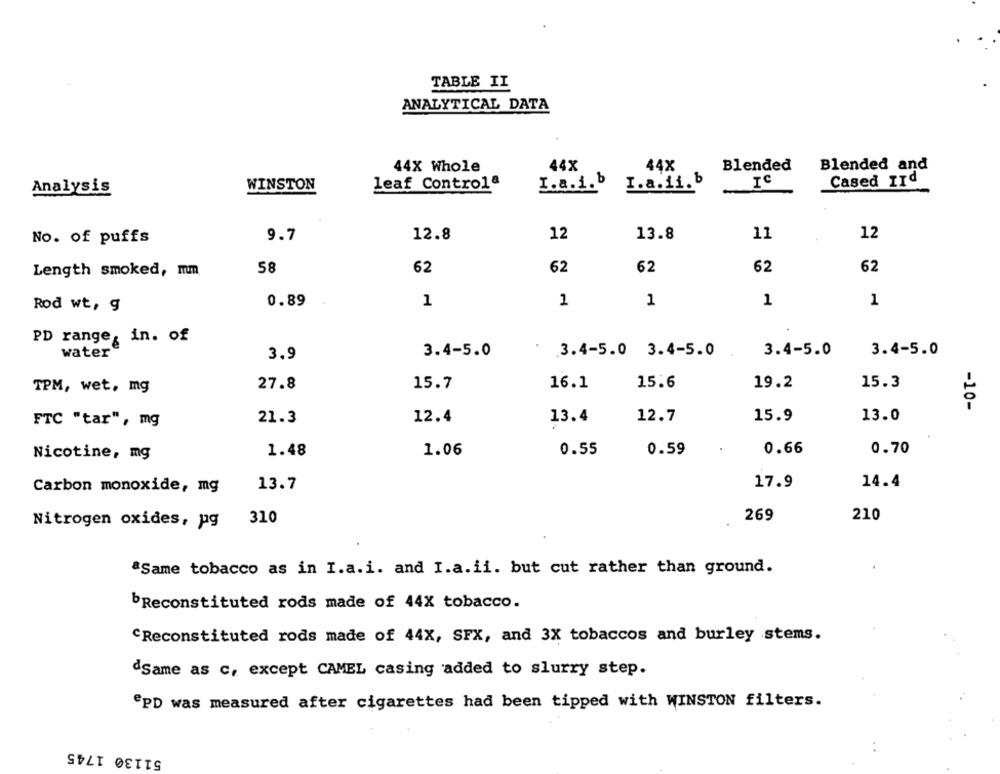
TABLE II
ANALYTICAL DATA
44X Whole
44X
44X
Blended
Blended and
WINSTON
leaf Controla
I.a.i.b
I.a.ii.b
IC
Cased IId
Analysis
No. of puffs
9.7
12.8
12
13.8
11
12
58
62
62
62
62
62
Length smoked, mm
0.89
1
1
1
1
1
Rod wt, g
PD range, in. of
water
3.9
3.4-5.0
3.4-5.0 3.4-5.0
3.4-5.0
3.4-5.0
27.8
15.7
16.1
15.6
19.2
15.3
TPM, wet, mg
-10-
12.4
12.7
15.9
13.0
FTC "tar", mg
21.3
13.4
0.70
Nicotine, mg
1.48
1.06
0.55
0.59
0.66
13.7
17.9
14.4
Carbon monoxide, mg
310
269
210
Nitrogen oxides, pg
Same tobacco as in I.a.i. and I.a.ii. but cut rather than ground.
bReconstituted rods made of 44X tobacco.
CReconstituted rods made of 44X, SFX, and 3X tobaccos and burley stems.
dSame as c, except CAMEL casing added to slurry step.
PD was measured after cigarettes had been tipped with WINSTON filters.
51130 1745
. .